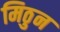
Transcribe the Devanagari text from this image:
मिठुन